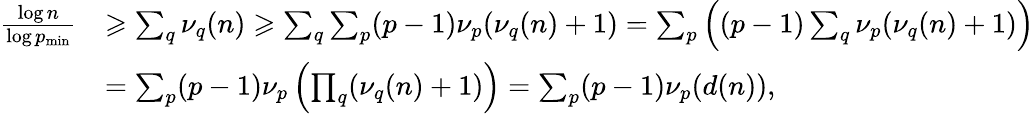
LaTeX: \begin{array}{rl}{\frac{\log n}{\log p_{\mathrm{min}}}}&{\geqslant\sum_{q}\nu_{q}(n)\geqslant\sum_{q}\sum_{p}(p-1)\nu_{p}(\nu_{q}(n)+1)=\sum_{p}\left((p-1)\sum_{q}\nu_{p}(\nu_{q}(n)+1)\right)}\\ &{=\sum_{p}(p-1)\nu_{p}\left(\prod_{q}(\nu_{q}(n)+1)\right)=\sum_{p}(p-1)\nu_{p}(d(n)),}\end{array}